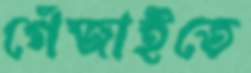
গেঁজাইতে